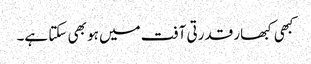
کبھی کبھار قدرتی آفت میں ہو بھی سکتا ہے۔